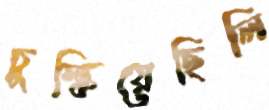
চুল্‌কিয়েছিলি